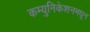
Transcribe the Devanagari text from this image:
कम्युनिकेशनमधून